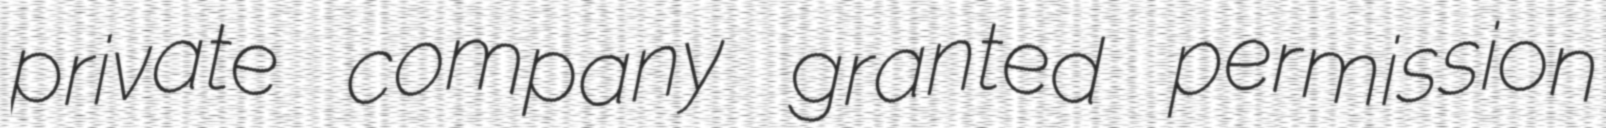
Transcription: private company granted permission